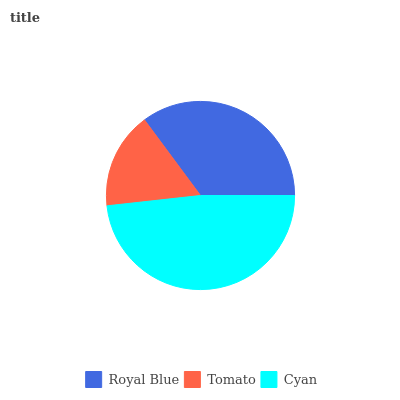
| Royal Blue | Tomato | Cyan |
 | --- | --- | --- |
 | 35.2% | 16.6% | 48.2% |